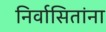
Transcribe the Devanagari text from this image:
निर्वासितांना